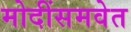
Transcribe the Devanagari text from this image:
मोदींसमवेत